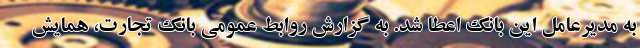
به مدیرعامل این بانک اعطا شد. به گزارش روابط عمومی بانک تجارت، همایش